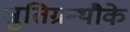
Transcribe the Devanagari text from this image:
श्रुतिग्रन्थौके